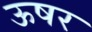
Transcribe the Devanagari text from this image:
ऊषर